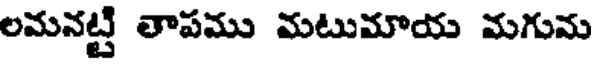
లమనట్టి తాపము మటుమాయ మగుమ